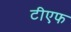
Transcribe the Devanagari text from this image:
टीएफ